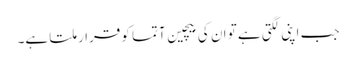
جب اپنی لگتی ہے تو ان کی بیچین آتما کو قرار ملتا ہے۔